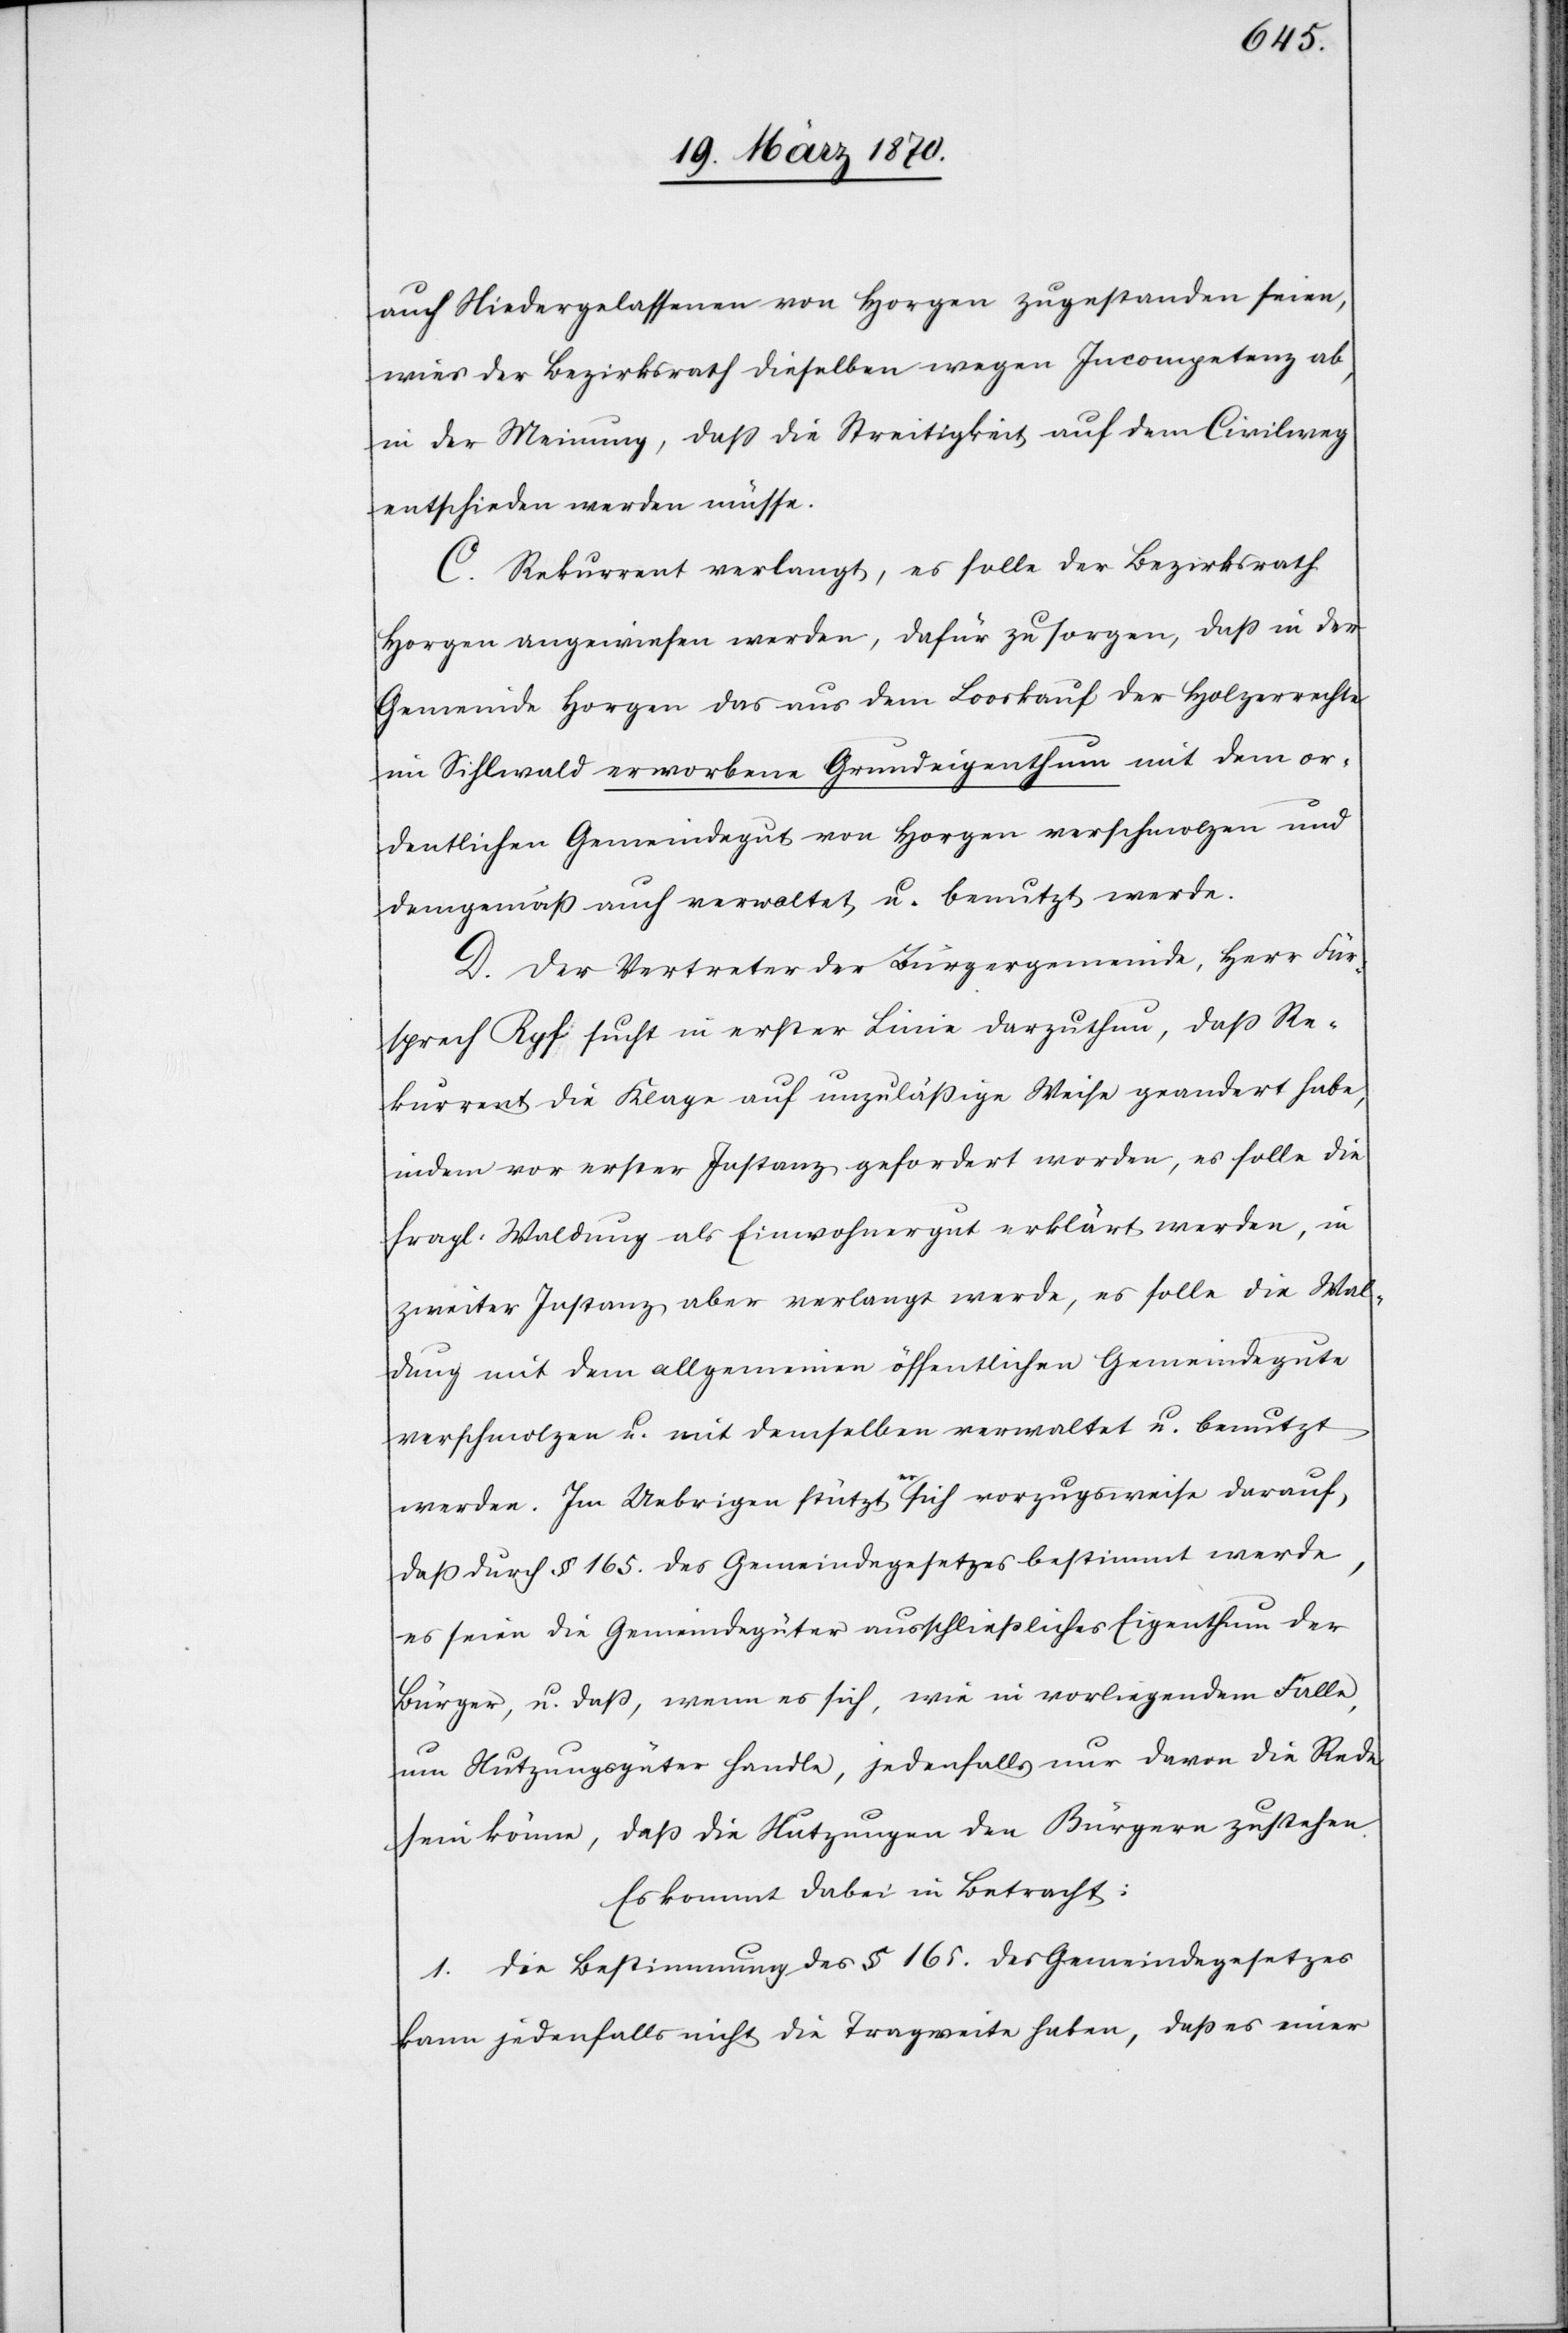
auch Niedergelassenen von Horgen zugestanden seien,
wies der Bezirksrath dieselben wegen Incompetenz ab,
in der Meinung, daß die Streitigkeit auf dem Civilweg
entschieden werden müsse.
C. Rekurrent verlangt, es solle der Bezirksrath
Horgen angewiesen werden, dafür zu sorgen, daß in der
Gemeinde Horgen das aus dem Looskauf der Holzerrechte
im Sihlwald erworbene Grundeigenthum mit dem or¬
dentlichen Gemeindegut von Horgen verschmolzen und
demgemäß auch verwaltet u. benutzt werde.
D. Der Vertreter der Bürgergemeinde, Herr Für¬
sprech Ryf sucht in erster Linie darzuthun, daß Re¬
kurrent die Klage auf unzuläßige Weise geandert [sic!]
indem vor erster Instanz gefordert worden, es solle die
fragl. Waldung als Einwohnergut erklärt werden, in
zweiter Instanz aber verlangt werde, es solle die Wal¬
dung mit dem allgemeinen öffentlichen Gemeindegute
verschmolzen u. mit demselben verwaltet u. benutzt
werden. Im Uebrigen stützt a-er-a sich vorzugsweise darauf,
daß durch § 165. des Gemeindegesetzes bestimmt werde,
es seien die Gemeindegüter ausschließliches Eigenthum der
Bürger, u. daß, wenn es sich, wie in vorliegendem Falle,
um Nutzungsgüter handle, jedenfalls nur davon die Rede
sein könne, daß die Nutzungen den Bürgern zustehen.
Es kommt dabei in Betracht:
1. Die Bestimmung des § 165. des Gemeindegesetzes
kann jedenfalls nicht die Tragweite haben, daß es einer